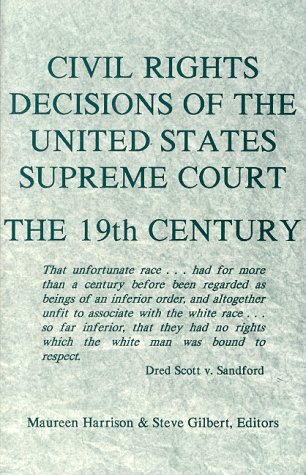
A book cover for Civil Rights Decisions of the United States Supreme Court: The 19th Century; Maureen Harrison; Law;